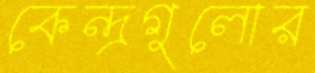
কেন্দ্রগুলোর